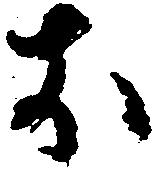
お